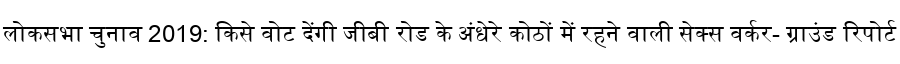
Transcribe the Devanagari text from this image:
लोकसभा चुनाव 2019: किसे वोट देंगी जीबी रोड के अंधेरे कोठों में रहने वाली सेक्स वर्कर- ग्राउंड रिपोर्ट